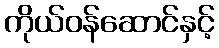
ကိုယ်ဝန်ဆောင်နှင့်